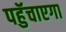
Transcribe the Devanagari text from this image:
पहुॅचाएगा